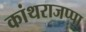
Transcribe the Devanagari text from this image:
कांथराजप्पा